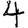
Digit: 4